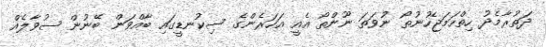
ދަތުރާމެދު ހިތްހަމަޖެހުނުތޯ ނުވަތަ ނޫންތޯ އެއީ އަހަރެންގެ ސިކުނޑީގައި ބާއްވަން ބޭނުން ސުވާލެއް